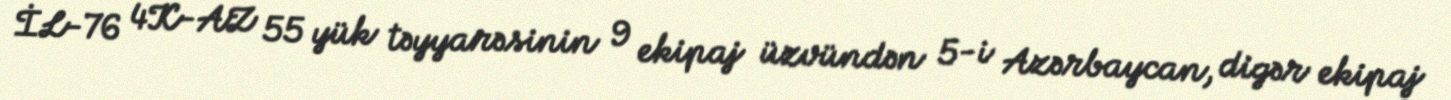
İL-76 4K-AZ 55 yük təyyarəsinin 9 ekipaj üzvündən 5-i Azərbaycan, digər ekipaj